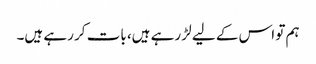
ہم تو اس کے لیے لڑ رہے ہیں، بات کر رہے ہیں۔